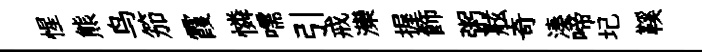
惺熊鸟笳霞憐嚅引戒灤握飾粥舷奇湊啼圮鞵